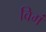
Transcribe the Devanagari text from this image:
विगं